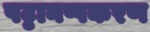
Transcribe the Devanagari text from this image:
पट्ठानप्पकरण